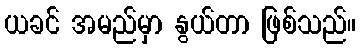
ယခင် အမည်မှာ နွယ်တာ ဖြစ်သည်။